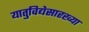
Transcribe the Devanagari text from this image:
यातुविद्येसारख्या